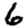
Digit: 6